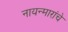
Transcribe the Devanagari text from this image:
नायन्मारांचे